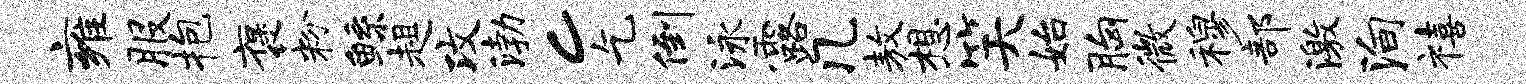
雍服抱褒粉鲧趄攻渤c乞倒泳露几敖想笑始胸微穆部激殉禧